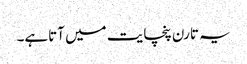
یہ تارن پنچایت میں آتاہے۔